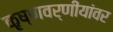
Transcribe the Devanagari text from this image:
कृष्णवर्णीयांवर